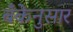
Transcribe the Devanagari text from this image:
बँकेनुसार